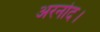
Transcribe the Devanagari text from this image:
अरनोद।